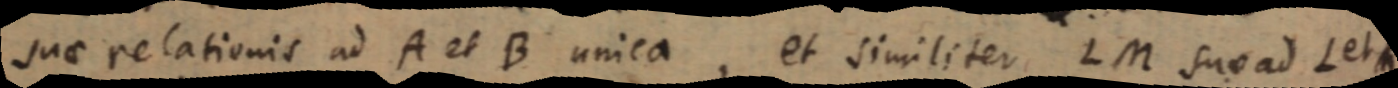
suae relationis ad A et B unica, et similiter LM suae ad teta